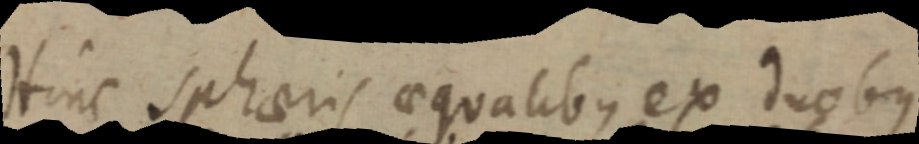
Hinc sphaeris aequalibus ex duobus